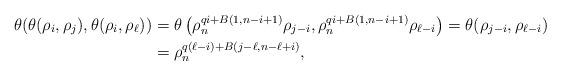
\begin{align*} \theta(\theta(\rho_{i}, \rho_{j}), \theta(\rho_{i}, \rho_{\ell}))&=\theta\left(\rho_n^{qi+B(1,n-i+1)} \rho_{{j-i}},\rho_n^{qi+B(1,n-i+1)} \rho_{\ell-i}\right)=\theta(\rho_{j-i}, \rho_{{\ell-i}})\\&=\rho_n^{q(\ell-i)+B(j-\ell, n-\ell+i)}, \end{align*}